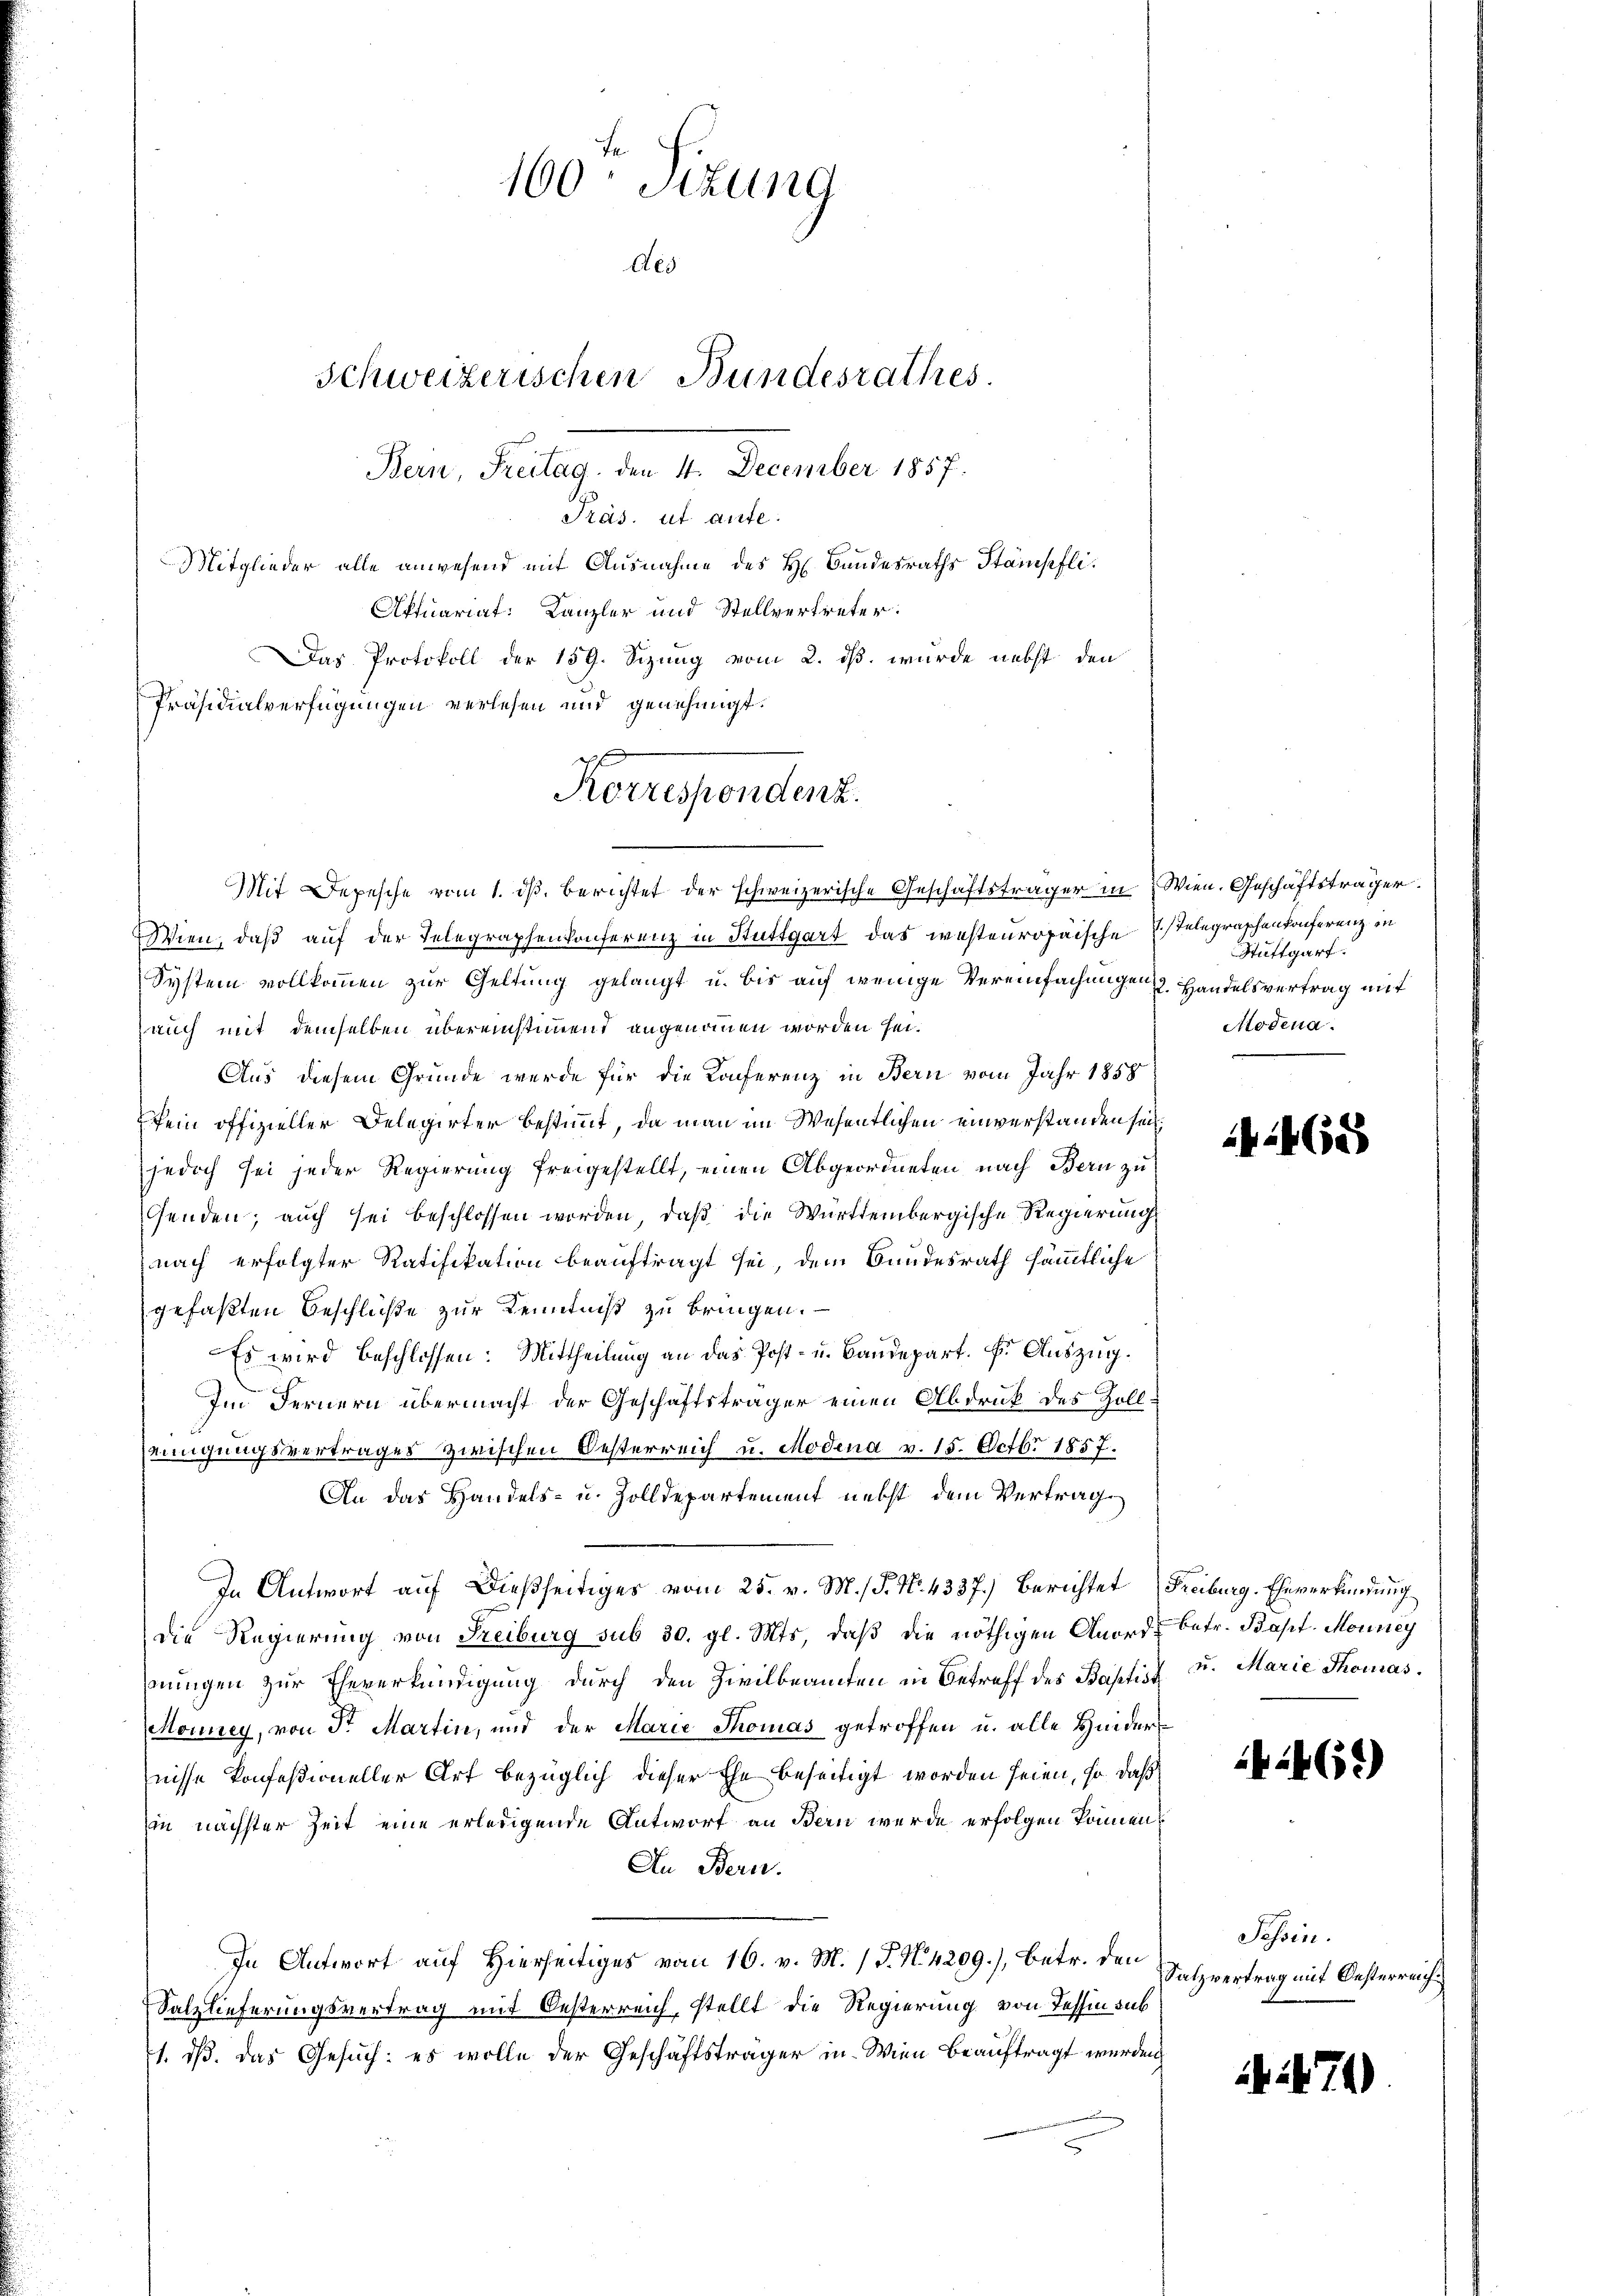
Bern, Freitag, den 4. December 1857.
Präs. ut aute.
Mitglieder alle anwesend mit Ausnahme des H. Bandesraths Stämpfli¬

160 Sizung
Aes
Schweizerischen Bundesrathes.

Aktuariat: Kanzler und Stellvertreter.
Das Protokoll der 159. Sizung vom 2. ds. wurde nebst den
Präsidialverfügungen verlesen und genehmigt.
Mit Depesche vom 1. ds. berichtet der schweizerische Geschäftsträger in
Wien, daß auf der Telegraphenkonferenz in Stuttgart das westeuropaische
System vollkommen zur Geltung gelangt u. bis auf wenige Vereinfachungen Handelsvertrag mit
auch mit demselben übereinstimmet angenommen worden sei.
Aus diesem Gründe werde für die Konferenz in Bern vom Jahr 1858
kein offizieller Delegirter bestimmt, da man im Wesentlichen einverstanden sei
jedoch sei jeder Regierung freigestellt, einen Abgeordneten nach Bern zu
genden; auch sei beschlossen worden, daß die Württembergische Regierung
nach erfolgter Ratifikation beauftragt sei, dem Bundesrath sämmtliche
gefaßten Beschlüße zur Kenntniß zu bringen.
Es wird beschlossen: Mittheilung an das Post- u. Baudepart. F. Auszug.
Im Fernern übermacht der Geschäftsträger einen Abdruk des Zoll
seinigungsvertrages zwischen Oesterreich u. Modena v. 15. Octbr 1857.
An das Handels- u. Zolldepartement nebst dem Vertrag
In Antwort auf dießseitiges vom 25. v. M. / P. Nr. 4337.) Berichtet
die Regierung von Freiburg sub 30. gl. Mts. daβ die nöthigen Anorde betr. Bapt. Mouney
nungen zur Eheverkündigung durch den Zivilbeamten in Betreff des Baptis
Mouney, von Sr. Martin, und der Marie Thomas getroffen u. alle Hinder
nisse konfeßioneller Art bezüglich dieser Ehe beseitigt worden seien, so daß
in nächster Zeit eine erledigende Antwort an Bern wurde erfolgen können
An Bern.
In Antwort auf Hierseitiges vom 16. v. M. (T. N. 4209), betr. den
Salzlieferungsvertrag mit Oesterreich, stellt die Regierung von Tessin sub
1. dß. das Gesuch: es wolle der Geschäftsträger in Wien beauftragt wurde

Korrespondenz.

Wien. Geschäftsträger.
Telegraschenkonferenz in
Stuttgart.
Modena.

2465

Freiburg. Eheverkündung
d u. Marie Thomas
f

4461)

Tessin.
Satzvertrag mit Oesterreich¬

i474)